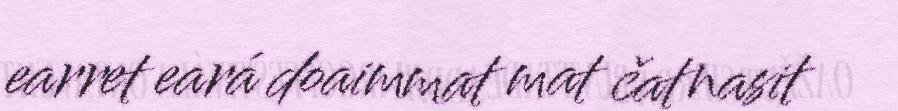
earret eará doaimmat mat čatnasit